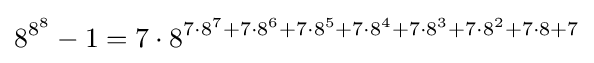
8^{8^{8}}-1=7\cdot 8^{7\cdot 8^{7}+7\cdot 8^{6}+7\cdot 8^{5}+7\cdot 8^{4}+7\cdot 8^{3}+7\cdot 8^{2}+7\cdot 8+7}